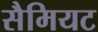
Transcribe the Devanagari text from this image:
सैमियट